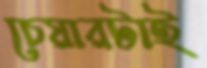
চেয়ারটাই